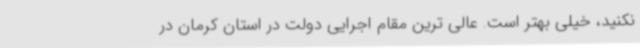
نکنید، خیلی بهتر است. عالی ترین مقام اجرایی دولت در استان کرمان در